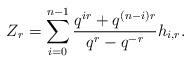
LaTeX: \begin{align*}Z_r=\sum_{i=0}^{n-1}\frac{q^{ir}+q^{(n-i)r}}{q^r-q^{-r}}h_{i,r}.\end{align*}